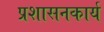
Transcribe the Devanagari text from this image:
प्रशासनकार्य